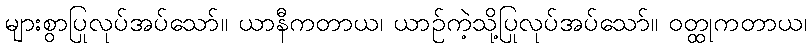
များစွာပြုလုပ်အပ်သော်။ ယာနီကတာယ၊ ယာဉ်ကဲ့သို့ပြုလုပ်အပ်သော်။ ဝတ္ထုကတာယ၊